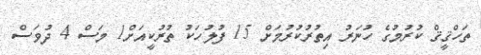
ތަހްޤީޤް ކުރުމުގެ ހުނަރު އިތުރުކުރުމަށް 15 ފުލުހަކު ތުރުކީއަށް1 މަސް 4 ދުވަސް